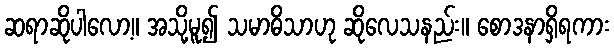
ဆရာဆိုပါလော့။ အသို့မူ၍ သမာဓိသာဟု ဆိုလေသနည်း။ စောဒနာရှိရကား